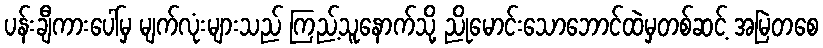
ပန်းချီကားပေါ်မှ မျက်လုံးများသည် ကြည့်သူနောက်သို့ ညိုမောင်းသောဘောင်ထဲမှတစ်ဆင့် အမြဲတစေ